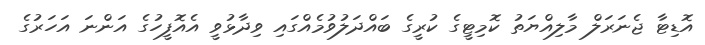
އޮޑިޓާ ޖެނަރަލް މާލިއްޔަތު ކޮމިޓީގެ ކުރީގެ ބައްދަލުވުމެއްގައި ވިދާޅުވީ އެއޮފީހުގެ އަންނަ އަހަރުގެ